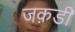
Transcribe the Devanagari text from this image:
जक़डी